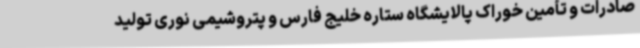
صادرات و تأمین خوراک پالایشگاه ستاره خلیج فارس و پتروشیمی نوری تولید